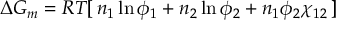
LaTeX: \Delta G _ { m } = R T [ \, n _ { 1 } \ln \phi _ { 1 } + n _ { 2 } \ln \phi _ { 2 } + n _ { 1 } \phi _ { 2 } \chi _ { 1 2 } \, ]